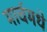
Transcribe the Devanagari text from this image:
मार्चमधे